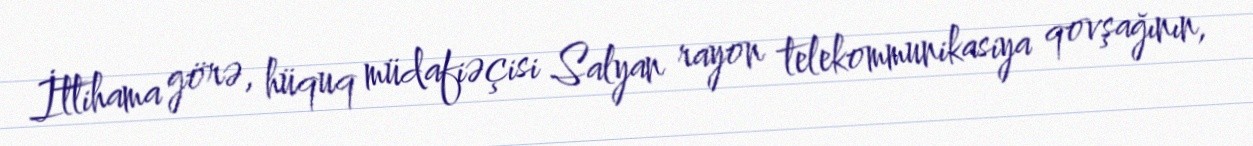
İttihama görə, hüquq müdafiəçisi Salyan rayon telekommunikasiya qovşağının,